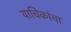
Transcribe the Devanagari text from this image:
याचिकांचा